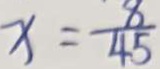
x = \frac { 8 } { 4 5 }